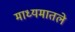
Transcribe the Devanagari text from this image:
माध्यमातले